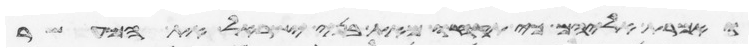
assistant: ואמרת אליהם כי תקחו מאת בני ישראל את המעשר